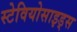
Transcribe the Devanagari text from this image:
स्टेवियोसाइड्स